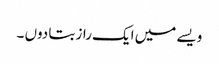
ویسے میں ایک راز بتا دوں ۔